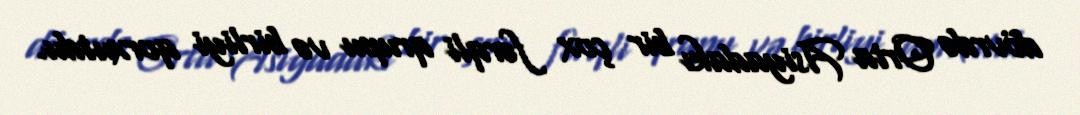
dövrdə Orta Asiyadakı bir çox fərqli qrupu və birliyi qorxutdu.